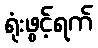
ရုံးဖွင့်ရက်